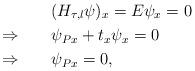
LaTeX: \begin{align*} & (H_{\tau,l}\psi)_x=E\psi_x=0\\ \Rightarrow\qquad& \psi_{Px}+t_x\psi_x=0\\ \Rightarrow\qquad& \psi_{Px}=0,\end{align*}